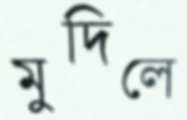
মুদিলে